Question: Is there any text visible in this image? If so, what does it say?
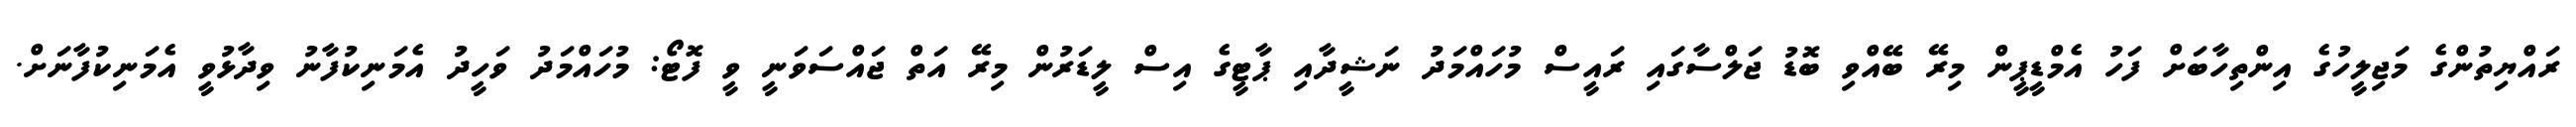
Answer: ރައްޔިތުންގެ މަޖިލީހުގެ އިންތިހާބަށް ފަހު އެމްޑީޕީން މިރޭ ބޭއްވި ބޮޑު ޖަލްސާގައި ރައީސް މުހައްމަދު ނަޝީދާއި ޕާޓީގެ އިސް ލީޑަރުން މިރޭ އަތް ޖައްސަވަނީ ވީ ފޮޓޯ: މުހައްމަދު ވަހީދު އެމަނިކުފާނު ވިދާޅުވީ އެމަނިކުފާނަށް.